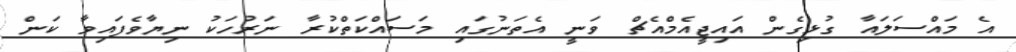
އެ މައްސަލައާ ގުޅިގެން އައިޖީއެމްއެޗް ވަނީ އެތަނުގައި މަސައްކަތްކުރާ ނަރުހަކު ނިޔާވެފައިވާ ކަން